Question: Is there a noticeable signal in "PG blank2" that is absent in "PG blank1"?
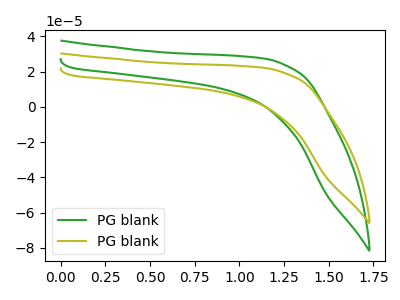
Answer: <think>The green curve "PG blank1" has no peaks. The olive curve "PG blank2" has no peaks.
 Neither "PG blank2" or "PG blank1" have any peaks.</think>
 <answer>No, "PG blank2" and "PG blank1" don't appear to be significantly different in shape</answer>
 <eval>no_change</eval>